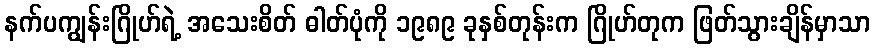
နက်ပကျွန်းဂြိုဟ်ရဲ့ အသေးစိတ် ဓါတ်ပုံကို ၁၉၈၉ ခုနှစ်တုန်းက ဂြိုဟ်တုက ဖြတ်သွားချိန်မှာသာ